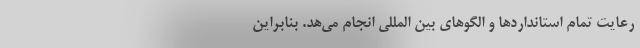
رعایت تمام استانداردها و الگوهای بین المللی انجام می‌هد. بنابراین